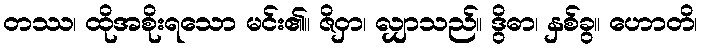
တဿ၊ ထိုအစိုးရသော မင်း၏။ ဇိဝှာ၊ လျှာသည်။ ဒွိဓာ၊ နှစ်ခွ။ ဟောတိ၊